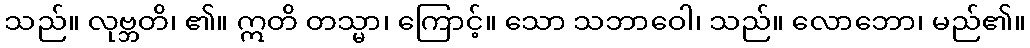
သည်။ လုဗ္ဘတိ၊ ၏။ ဣတိ တသ္မာ၊ ကြောင့်။ သော သဘာဝေါ၊ သည်။ လောဘော၊ မည်၏။